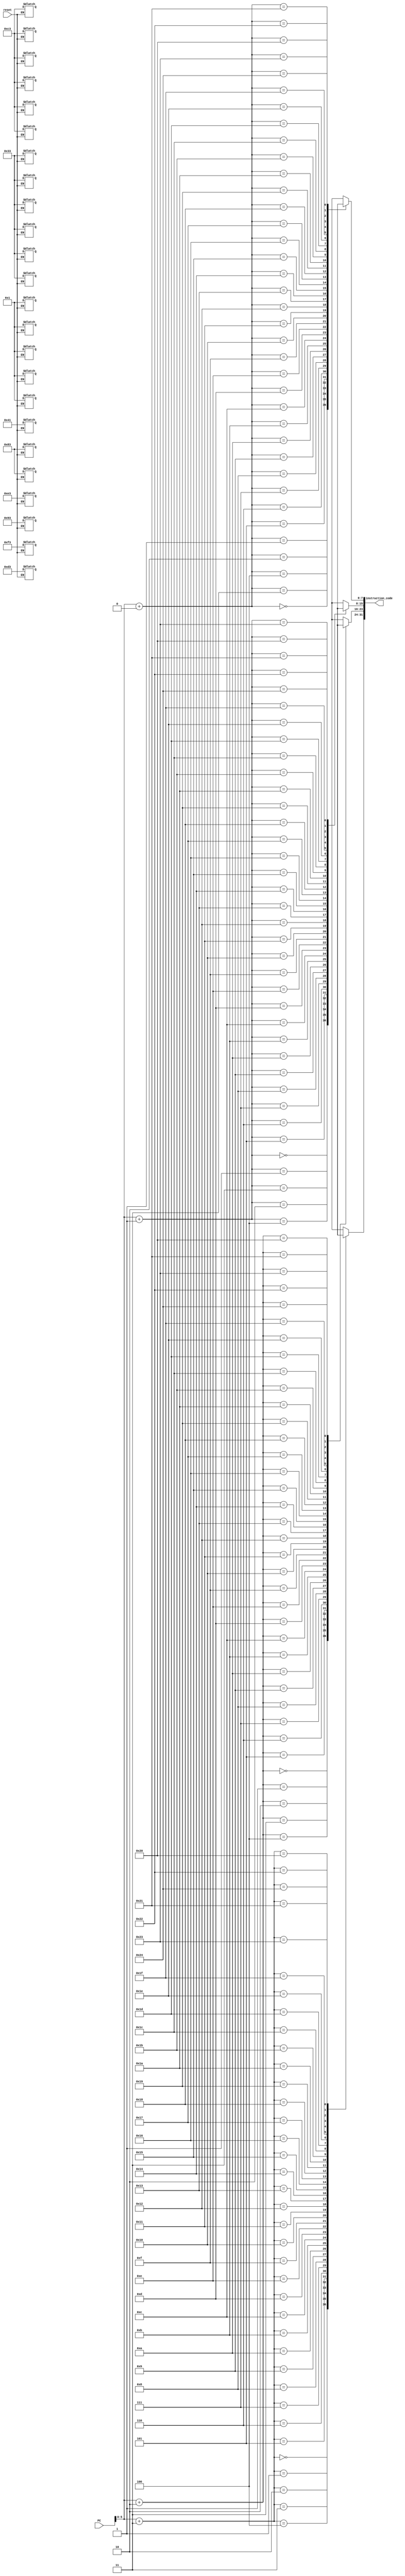
module instruction_memory (
	input [31:0] PC,
	input reset,
	output [31:0] instruction_code
);

reg [7:0]mem[36:0];

assign instruction_code = {mem[PC+3], mem[PC+2], mem[PC+1], mem[PC+0]};

always @(reset) begin 
	if(!reset) begin 
		{mem[3],mem[2],mem[1],mem[0]} = 32'h01c38333;
		{mem[7],mem[6],mem[5],mem[4]} = 32'h41c38333;
		{mem[11],mem[10],mem[9],mem[8]} = 32'h01c3f333;
		{mem[15],mem[14],mem[13],mem[12]} = 32'h01c3e333;
		{mem[19],mem[18],mem[17],mem[16]} = 32'h01c39333;
		{mem[23],mem[22],mem[21],mem[20]} = 32'h01c3d333;
	end
end

endmodule